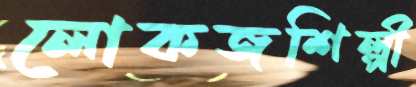
লোকজশিল্পী